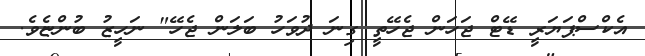
އެކްސްޕަޔަރީ ޑޭޓް ޖަހަން ޖެހޭތީ ގިނަ ދުވަހު ބަލަން ޖެހޭ" ނަހީޒު ބުންޏެވެ.